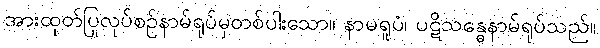
အားထုတ်ပြုလုပ်စဉ်နာမ်ရုပ်မှတစ်ပါးသော။ နာမရူပံ၊ ပဋိသန္ဓေနာမ်ရုပ်သည်။